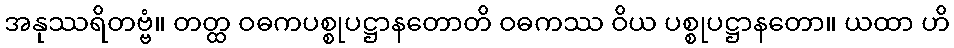
အနုဿရိတဗ္ဗံ။ တတ္ထ ဝဓကပစ္စုပဋ္ဌာနတောတိ ဝဓကဿ ဝိယ ပစ္စုပဋ္ဌာနတော။ ယထာ ဟိ